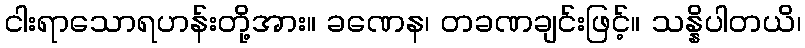
ငါးရာသောရဟန်းတို့အား။ ခဏေန၊ တခဏချင်းဖြင့်။ သန္နိပါတယိ၊